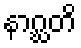
နာဂ္ဃတိ